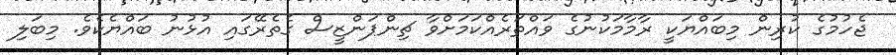
ޖެހުމުގެ ކުރިން މިބައްޔަކީ ރާމާމަކުނުގެ ވައްތަރެއްކަމަށްވާ ޗިންޕަންޒީސް ގެތެރޭގައި އުޅުނު ބައްޔެކެވެ. މިބަލި